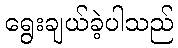
ရွေးချယ်ခဲ့ပါသည်